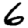
Digit: 6